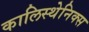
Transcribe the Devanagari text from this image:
कालिस्थेनिक्स